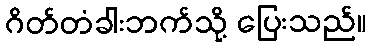
ဂိတ်တံခါးဘက်သို့ ပြေးသည်။